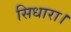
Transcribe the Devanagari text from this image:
सिधारा।